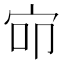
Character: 𰌺